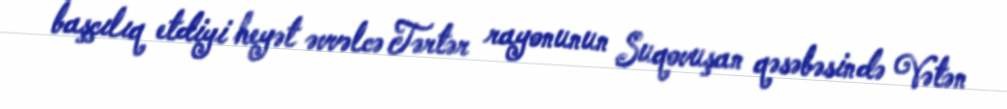
başçılıq etdiyi heyət əvvəlcə Tərtər rayonunun Suqovuşan qəsəbəsində Vətən